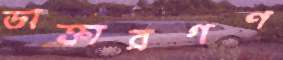
ডাক্তারগণ